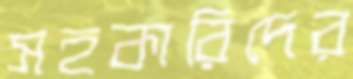
সহকারিদের